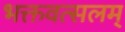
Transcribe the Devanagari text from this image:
भक्तवत्सलम्